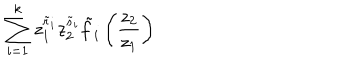
LaTeX: \sum _ { i = 1 } ^ { k } z _ { 1 } ^ { \tilde { r } _ { i } } z _ { 2 } ^ { \tilde { s } _ { i } } \tilde { f } _ { i } \left( \frac { z _ { 2 } } { z _ { 1 } } \right)